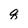
Character: q